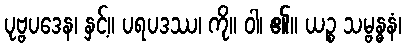
ပုဗ္ဗပဒေန၊ နှင့်။ ပရပဒဿ၊ ကို။ ဝါ၊ ၏။ ယဉ္စ သမ္ဗန္ဓနံ၊